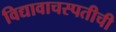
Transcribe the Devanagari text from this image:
विद्यावाचस्पतीची